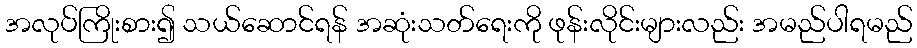
အလုပ်ကြိုးစား၍ သယ်ဆောင်ရန် အဆုံးသတ်ရေးကို ဖုန်းလိုင်းများလည်း အမည်ပါရမည်